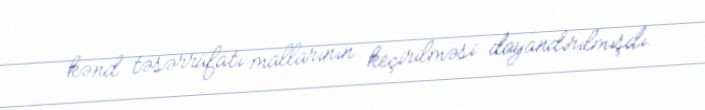
kənd təsərrüfatı mallarının keçirilməsi dayandırılmışdı.